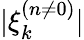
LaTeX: |\xi_{k}^{(n\neq 0)}|